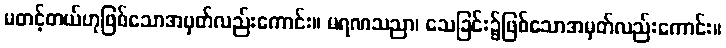
မတင့်တယ်ဟုဖြစ်သောအမှတ်လည်းကောင်း။ မရဏသညာ၊ သေခြင်း၌ဖြစ်သောအမှတ်လည်းကောင်း။